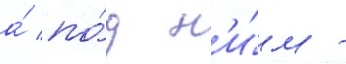
а́ по́д н'и́м -